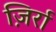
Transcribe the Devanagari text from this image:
ज़िर्रा